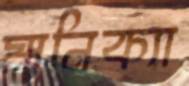
মানিক্যা